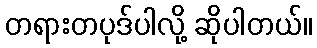
တရားတပုဒ်ပါလို့ ဆိုပါတယ်။